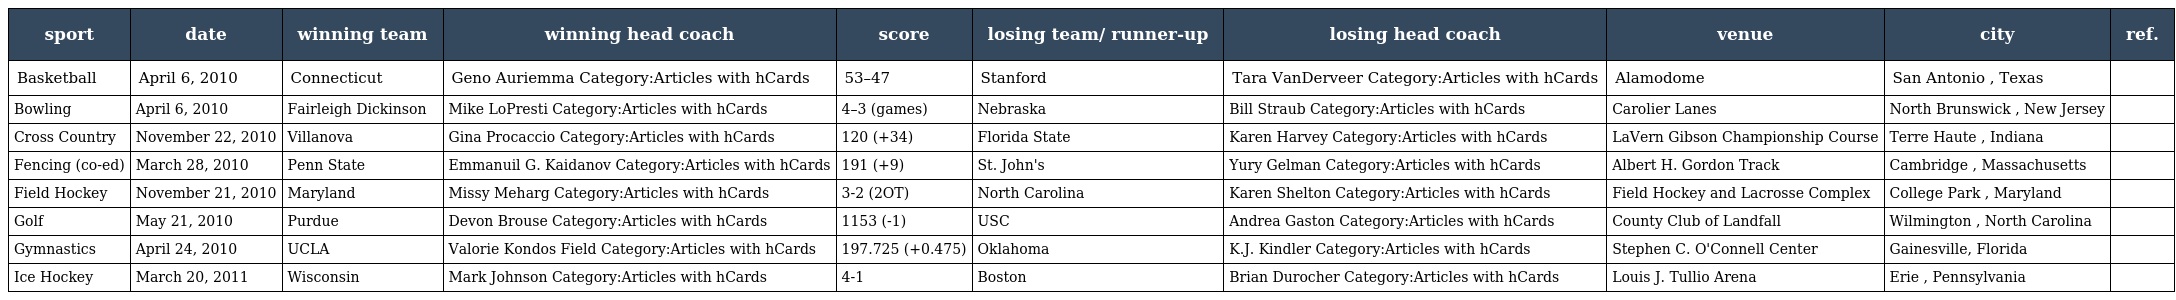
| sport | date | winning team | winning head coach | score | losing team/ runner-up | losing head coach | venue | city | ref. |
 | --- | --- | --- | --- | --- | --- | --- | --- | --- | --- |
 | Basketball | April 6, 2010 | Connecticut | Geno Auriemma Category:Articles with hCards | 53–47 | Stanford | Tara VanDerveer Category:Articles with hCards | Alamodome | San Antonio , Texas |  |
 | Bowling | April 6, 2010 | Fairleigh Dickinson | Mike LoPresti Category:Articles with hCards | 4–3 (games) | Nebraska | Bill Straub Category:Articles with hCards | Carolier Lanes | North Brunswick , New Jersey |  |
 | Cross Country | November 22, 2010 | Villanova | Gina Procaccio Category:Articles with hCards | 120 (+34) | Florida State | Karen Harvey Category:Articles with hCards | LaVern Gibson Championship Course | Terre Haute , Indiana |  |
 | Fencing (co-ed) | March 28, 2010 | Penn State | Emmanuil G. Kaidanov Category:Articles with hCards | 191 (+9) | St. John's | Yury Gelman Category:Articles with hCards | Albert H. Gordon Track | Cambridge , Massachusetts |  |
 | Field Hockey | November 21, 2010 | Maryland | Missy Meharg Category:Articles with hCards | 3-2 (2OT) | North Carolina | Karen Shelton Category:Articles with hCards | Field Hockey and Lacrosse Complex | College Park , Maryland |  |
 | Golf | May 21, 2010 | Purdue | Devon Brouse Category:Articles with hCards | 1153 (-1) | USC | Andrea Gaston Category:Articles with hCards | County Club of Landfall | Wilmington , North Carolina |  |
 | Gymnastics | April 24, 2010 | UCLA | Valorie Kondos Field Category:Articles with hCards | 197.725 (+0.475) | Oklahoma | K.J. Kindler Category:Articles with hCards | Stephen C. O'Connell Center | Gainesville, Florida |  |
 | Ice Hockey | March 20, 2011 | Wisconsin | Mark Johnson Category:Articles with hCards | 4-1 | Boston | Brian Durocher Category:Articles with hCards | Louis J. Tullio Arena | Erie , Pennsylvania |  |